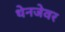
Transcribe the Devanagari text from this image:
थेनजेवर